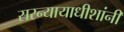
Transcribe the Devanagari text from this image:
सरन्यायाधीशांनी